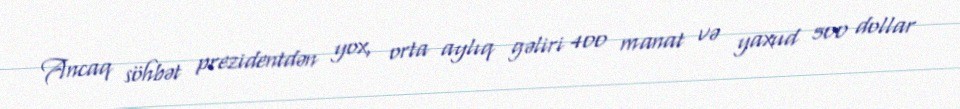
Ancaq söhbət prezidentdən yox, orta aylıq gəliri 400 manat və yaxud 500 dollar